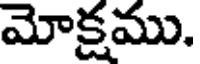
మోక్షము.